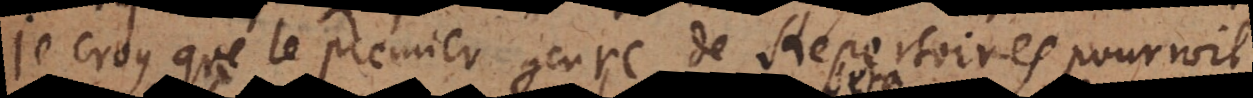
Je croy que le premier genre de Répertoires pourroit